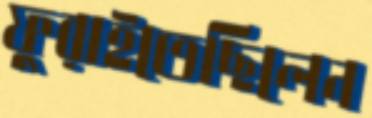
ফুরাইতেছিলেন